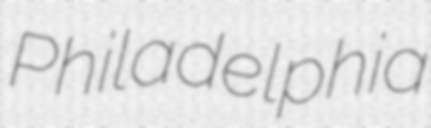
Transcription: Philadelphia